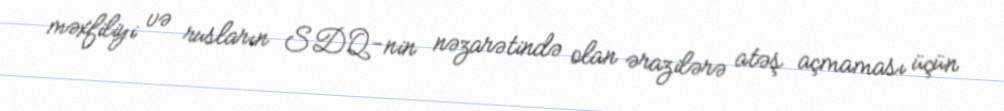
məxfiliyi və rusların SDQ-nin nəzarətində olan ərazilərə atəş açmaması üçün